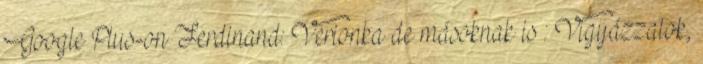
Google Plus-on Ferdinand: Verionka de másoknak is : Vigyázzatok,